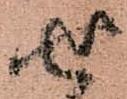
せ